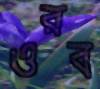
ওরব